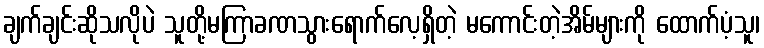
ချက်ချင်းဆိုသလိုပဲ သူတို့မကြာခဏသွားရောက်လေ့ရှိတဲ့ မကောင်းတဲ့အိမ်များကို ထောက်ပံ့သူ၊